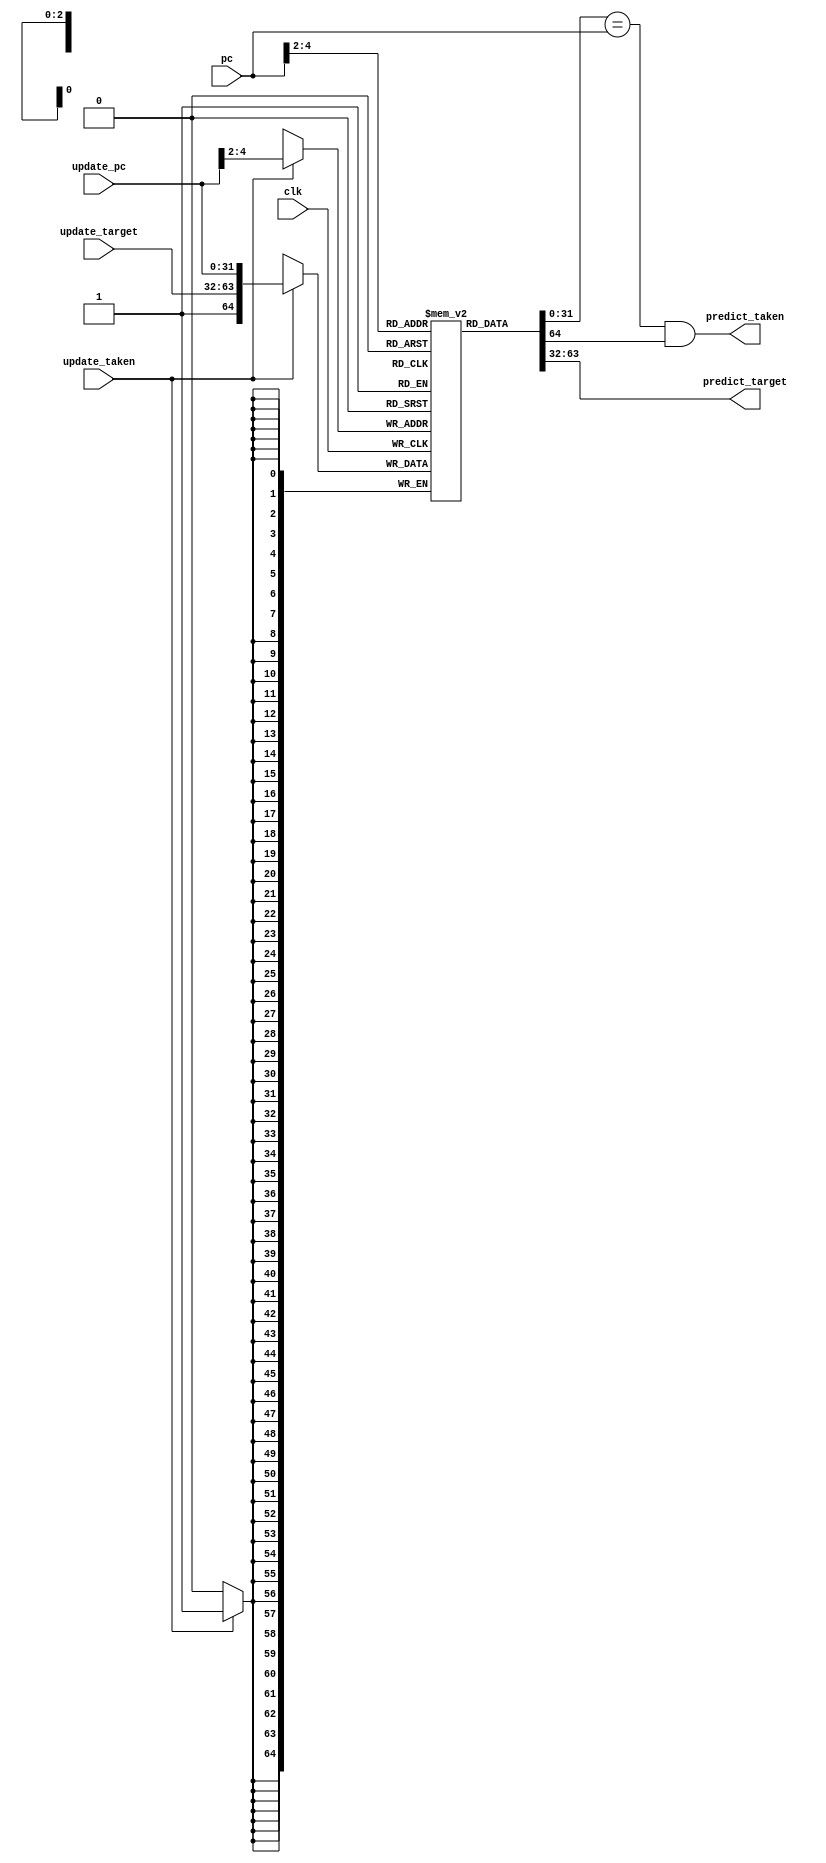
module btb
(
  input clk

, input [31:0] update_pc
, input [31:0] update_target
, input        update_taken

, input [31:0] pc

, output [31:0] predict_target
, output        predict_taken
);
   localparam ENTRIES = 8;
   localparam INDEX_BITS = $clog2(ENTRIES);
   localparam OFFSET = 2;

   reg [64:0] entries [0:ENTRIES-1];

   genvar     i;
   generate
      for (i = 0; i < ENTRIES; i = i + 1)
        initial
          entries[i][32] = 1'b0;
   endgenerate

   // prediction

   wire [INDEX_BITS-1:0] predict_index;
   wire [31:0]           predict_pc;
   wire                  taken;

   assign predict_index = pc[INDEX_BITS+OFFSET-1:OFFSET];
   assign {taken, predict_target, predict_pc} = entries[predict_index];
   assign predict_taken = (predict_pc == pc && taken);

   // update

   wire [INDEX_BITS-1:0] update_index;

   assign update_index = update_pc[INDEX_BITS+OFFSET-1:OFFSET];

   always @(posedge clk) begin
      if (update_taken) begin
        entries[update_index] <= {update_taken, update_target, update_pc};
      end
   end

endmodule